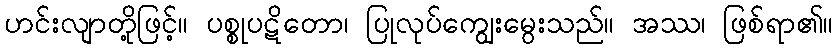
ဟင်းလျာတို့ဖြင့်။ ပစ္စုပဋိတော၊ ပြုလုပ်ကျွေးမွေးသည်။ အဿ၊ ဖြစ်ရာ၏။